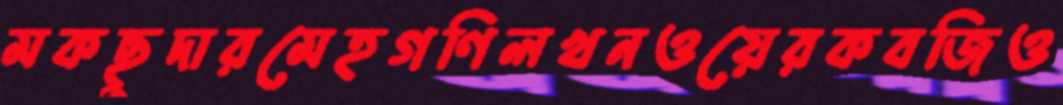
মকছুদারমেহগণিলখনওয়েরকবজিও